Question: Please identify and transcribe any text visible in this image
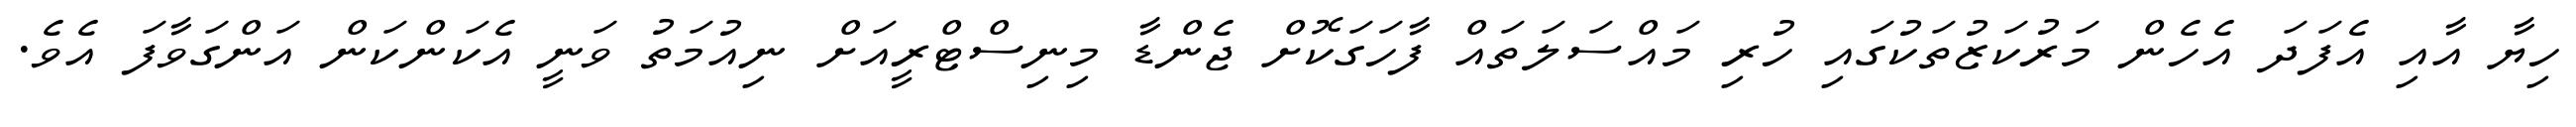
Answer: ހިޔާ އާއި އެފަދަ އެހެން މަރުކަޒުތަކުގައި ހުރި މައްސަލަތައް ފާހަގަކޮށް ޖެންޑާ މިނިސްޓްރީއަށް ނިއުމަތު ވަނީ އެކަންކަން އަންގަވާފަ އެވެ.